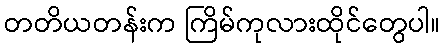
တတိယတန်းက ကြိမ်ကုလားထိုင်တွေပါ။